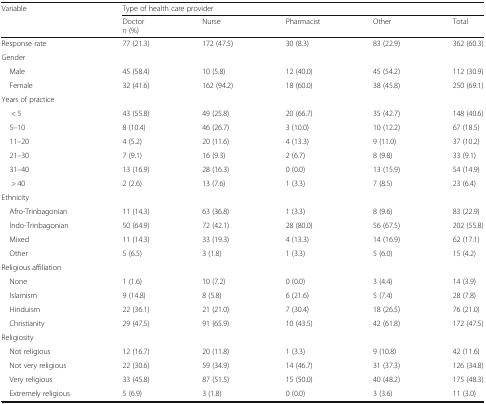
<table><thead><tr><td rowspan="2"><b>Variable</b></td><td colspan="5"><b>Type of health care provider</b></td></tr><tr><td><b>Doctor<i>n</i> (%)</b></td><td><b>Nurse</b></td><td><b>Pharmacist</b></td><td><b>Other</b></td><td><b>Total</b></td></tr></thead><tbody><tr><td>Response rate</td><td>77 (21.3)</td><td>172 (47.5)</td><td>30 (8.3)</td><td>83 (22.9)</td><td>362 (60.3)</td></tr><tr><td colspan="6">Gender</td></tr><tr><td> Male</td><td>45 (58.4)</td><td>10 (5.8)</td><td>12 (40.0)</td><td>45 (54.2)</td><td>112 (30.9)</td></tr><tr><td> Female</td><td>32 (41.6)</td><td>162 (94.2)</td><td>18 (60.0)</td><td>38 (45.8)</td><td>250 (69.1)</td></tr><tr><td colspan="6">Years of practice</td></tr><tr><td>&lt; 5</td><td>43 (55.8)</td><td>49 (25.8)</td><td>20 (66.7)</td><td>35 (42.7)</td><td>148 (40.6)</td></tr><tr><td> 5–10</td><td>8 (10.4)</td><td>46 (26.7)</td><td>3 (10.0)</td><td>10 (12.2)</td><td>67 (18.5)</td></tr><tr><td> 11–20</td><td>4 (5.2)</td><td>20 (11.6)</td><td>4 (13.3)</td><td>9 (11.0)</td><td>37 (10.2)</td></tr><tr><td> 21–30</td><td>7 (9.1)</td><td>16 (9.3)</td><td>2 (6.7)</td><td>8 (9.8)</td><td>33 (9.1)</td></tr><tr><td> 31–40</td><td>13 (16.9)</td><td>28 (16.3)</td><td>0 (0.0)</td><td>13 (15.9)</td><td>54 (14.9)</td></tr><tr><td>&gt; 40</td><td>2 (2.6)</td><td>13 (7.6)</td><td>1 (3.3)</td><td>7 (8.5)</td><td>23 (6.4)</td></tr><tr><td colspan="6">Ethnicity</td></tr><tr><td> Afro-Trinbagonian</td><td>11 (14.3)</td><td>63 (36.8)</td><td>1 (3.3)</td><td>8 (9.6)</td><td>83 (22.9)</td></tr><tr><td> Indo-Trinbagonian</td><td>50 (64.9)</td><td>72 (42.1)</td><td>28 (80.0)</td><td>56 (67.5)</td><td>202 (55.8)</td></tr><tr><td> Mixed</td><td>11 (14.3)</td><td>33 (19.3)</td><td>4 (13.3)</td><td>14 (16.9)</td><td>62 (17.1)</td></tr><tr><td> Other</td><td>5 (6.5)</td><td>3 (1.8)</td><td>1 (3.3)</td><td>5 (6.0)</td><td>15 (4.2)</td></tr><tr><td colspan="6">Religious affiliation</td></tr><tr><td> None</td><td>1 (1.6)</td><td>10 (7.2)</td><td>0 (0.0)</td><td>3 (4.4)</td><td>14 (3.9)</td></tr><tr><td> Islamism</td><td>9 (14.8)</td><td>8 (5.8)</td><td>6 (21.6)</td><td>5 (7.4)</td><td>28 (7.8)</td></tr><tr><td> Hinduism</td><td>22 (36.1)</td><td>21 (21.0)</td><td>7 (30.4)</td><td>18 (26.5)</td><td>76 (21.0)</td></tr><tr><td> Christianity</td><td>29 (47.5)</td><td>91 (65.9)</td><td>10 (43.5)</td><td>42 (61.8)</td><td>172 (47.5)</td></tr><tr><td colspan="6">Religiosity</td></tr><tr><td> Not religious</td><td>12 (16.7)</td><td>20 (11.8)</td><td>1 (3.3)</td><td>9 (10.8)</td><td>42 (11.6)</td></tr><tr><td> Not very religious</td><td>22 (30.6)</td><td>59 (34.9)</td><td>14 (46.7)</td><td>31 (37.3)</td><td>126 (34.8)</td></tr><tr><td> Very religious</td><td>33 (45.8)</td><td>87 (51.5)</td><td>15 (50.0)</td><td>40 (48.2)</td><td>175 (48.3)</td></tr><tr><td> Extremely religious</td><td>5 (6.9)</td><td>3 (1.8)</td><td>0 (0.0)</td><td>3 (3.6)</td><td>11 (3.0)</td></tr></tbody></table>